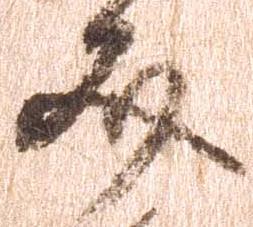
文